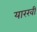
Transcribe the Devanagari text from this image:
यारखी